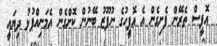
އޮފީސް ތެރޭން ފެށިގެން އެ އޮފީހުގެ ނުފޫޒު ބޭނުން ކޮށްގެން އެމަނިއްޕުޅު ދިޔައީ